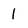
Character: l